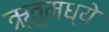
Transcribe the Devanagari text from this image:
ॠतुमध्ये